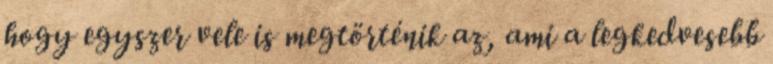
hogy egyszer vele is megtörténik az, ami a legkedvesebb